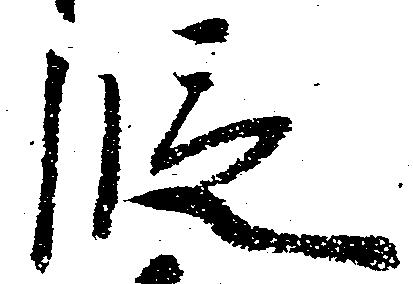
段